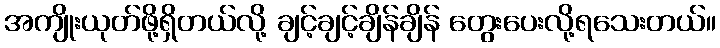
အကျိုးယုတ်ဖို့ရှိတယ်လို့ ချင့်ချင့်ချိန်ချိန် တွေးပေးလို့ရသေးတယ်။